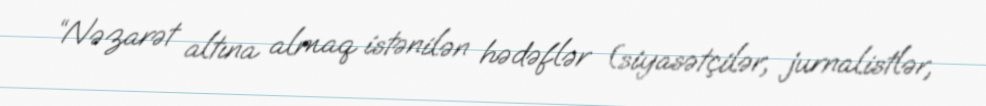
“Nəzarət altına almaq istənilən hədəflər (siyasətçilər, jurnalistlər,